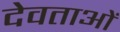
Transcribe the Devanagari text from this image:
देवताअाें